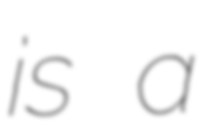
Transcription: is a